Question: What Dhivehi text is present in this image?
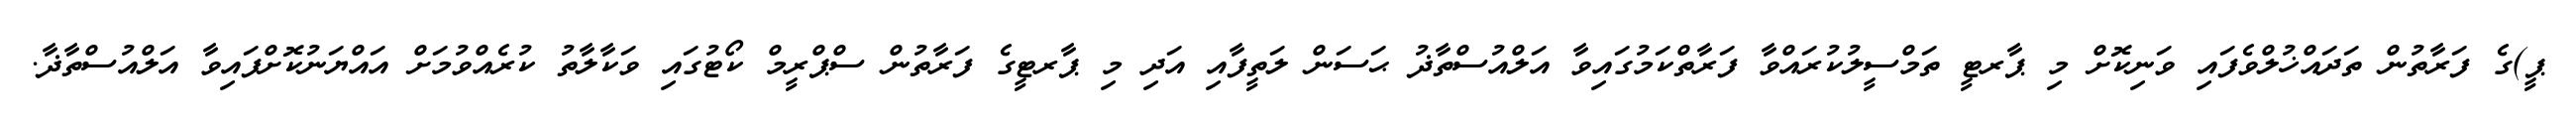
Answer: ޕީ)ގެ ފަރާތުން ތަދައްޚުލްވެފައި ވަނިކޮށް މި ޕާރޓީ ތަމްސީލުކުރައްވާ ފަރާތްކަމުގައިވާ އަލްއުސްތާޛު ޙަސަން ލަތީފާއި އަދި މި ޕާރޓީގެ ފަރާތުން ސްޕްރީމް ކޯޓުގައި ވަކާލާތު ކުރެއްވުމަށް އައްޔަނުކޮށްފައިވާ އަލްއުސްތާޛާ.